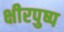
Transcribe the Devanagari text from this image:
क्षीरपुष्प